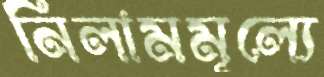
নিলামমূল্যে